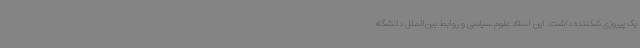
یک پیروزی شکننده داشت. این استاد علوم سیاسی و روابط بین‌الملل دانشگاه